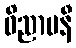
ဝိညာပနီ